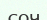
соч